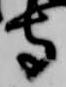
守